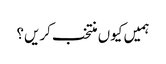
ہمیں کیوں منتخب کریں؟